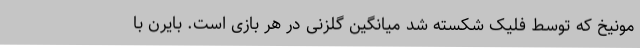
مونیخ که توسط فلیک شکسته شد میانگین گلزنی در هر بازی است. بایرن با